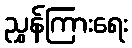
ညွှန်ကြားရေး